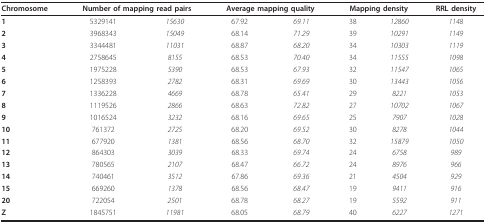
<table><thead><tr><td><b>Chromosome</b></td><td colspan="2"><b>Number of mapping read pairs</b></td><td colspan="2"><b>Average mapping quality</b></td><td colspan="2"><b>Mapping density</b></td><td><b>RRL density</b></td></tr></thead><tbody><tr><td><b>1</b></td><td>5329141</td><td><i>15630</i></td><td>67.92</td><td><i>69.11</i></td><td>38</td><td><i>12860</i></td><td><i>1148</i></td></tr><tr><td><b>2</b></td><td>3968343</td><td><i>15049</i></td><td>68.14</td><td><i>71.29</i></td><td>39</td><td><i>10291</i></td><td><i>1149</i></td></tr><tr><td><b>3</b></td><td>3344481</td><td><i>11031</i></td><td>68.87</td><td><i>68.20</i></td><td>34</td><td><i>10303</i></td><td><i>1119</i></td></tr><tr><td><b>4</b></td><td>2758645</td><td><i>8155</i></td><td>68.53</td><td><i>70.40</i></td><td>34</td><td><i>11555</i></td><td><i>1098</i></td></tr><tr><td><b>5</b></td><td>1975228</td><td><i>5390</i></td><td>68.53</td><td><i>67.93</i></td><td>32</td><td><i>11547</i></td><td><i>1065</i></td></tr><tr><td><b>6</b></td><td>1258393</td><td><i>2782</i></td><td>68.31</td><td><i>69.69</i></td><td>30</td><td><i>13443</i></td><td><i>1056</i></td></tr><tr><td><b>7</b></td><td>1336228</td><td><i>4669</i></td><td>68.78</td><td><i>65.41</i></td><td>29</td><td><i>8221</i></td><td><i>1053</i></td></tr><tr><td><b>8</b></td><td>1119526</td><td><i>2866</i></td><td>68.63</td><td><i>72.82</i></td><td>27</td><td><i>10702</i></td><td><i>1067</i></td></tr><tr><td><b>9</b></td><td>1016524</td><td><i>3232</i></td><td>68.16</td><td><i>69.65</i></td><td>25</td><td><i>7907</i></td><td><i>1028</i></td></tr><tr><td><b>10</b></td><td>761372</td><td><i>2725</i></td><td>68.20</td><td><i>69.52</i></td><td>30</td><td><i>8278</i></td><td><i>1044</i></td></tr><tr><td><b>11</b></td><td>677920</td><td><i>1381</i></td><td>68.56</td><td><i>68.70</i></td><td>32</td><td><i>15879</i></td><td><i>1050</i></td></tr><tr><td><b>12</b></td><td>864303</td><td><i>3039</i></td><td>68.33</td><td><i>69.74</i></td><td>24</td><td><i>6758</i></td><td><i>989</i></td></tr><tr><td><b>13</b></td><td>780565</td><td><i>2107</i></td><td>68.47</td><td><i>66.72</i></td><td>24</td><td><i>8976</i></td><td><i>966</i></td></tr><tr><td><b>14</b></td><td>740461</td><td><i>3512</i></td><td>67.86</td><td><i>69.36</i></td><td>21</td><td><i>4504</i></td><td><i>929</i></td></tr><tr><td><b>15</b></td><td>669260</td><td><i>1378</i></td><td>68.56</td><td><i>68.47</i></td><td>19</td><td><i>9411</i></td><td><i>916</i></td></tr><tr><td><b>20</b></td><td>722054</td><td><i>2501</i></td><td>68.78</td><td><i>68.27</i></td><td>19</td><td><i>5592</i></td><td><i>911</i></td></tr><tr><td><b>Z</b></td><td>1845751</td><td><i>11981</i></td><td>68.05</td><td><i>68.79</i></td><td>40</td><td><i>6227</i></td><td><i>1271</i></td></tr></tbody></table>